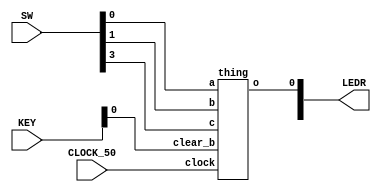
module morse(input [9:0]SW, input [3:0]KEY, input CLOCK_50, output [9:0]LEDR);
	thing u0 (SW[0], SW[1], SW[3], CLOCK_50, KEY[0] ,LEDR[0]);
endmodule

module thing (input a, b, c, clock, clear_b, output reg o);
	reg [25:0]w;
	always @ (posedge clock)
		begin
			if (w==0)
				w<=26'b01011111010111100000111111;
			else
				w<=w-1;
		end
		
	reg q;
	always @ (posedge clock)
		begin
		if (w == 0)
				q<=1;
			else
				q<=0;
		end
		
	wire [13:0]w2;
	wire [13:0]w3;
	letter u1 (a, b, c, w2[13:0]);
	
	access u2 (q, 1'b0, clear_b, 1'b0, 1'b0, w2[13:0], w3);
	
	always @ (posedge clock) begin
		if (clear_b == 0)
			o <= 0;
		else if (w == 26'b00000000000000000000000000)
			o <= w3[13];
			end
			
endmodule


module letter(input a, b, c, output reg [13:0]out);
	wire [2:0]w;
	assign w = {c, b, a};
	always @ (*)
		case (w)
			3'b000: out = 14'b01010100000000;
			3'b001: out = 14'b01110000000000;
			3'b010: out = 14'b01010111000000;
			3'b011: out = 14'b01010101110000;
			3'b100: out = 14'b01011101110000;
			3'b101: out = 14'b01110101011100;
			3'b110: out = 14'b01110101110111;
			3'b111: out = 14'b01110111010100;
			default: out = 14'b00000000000000;
		endcase
	endmodule

	module access (input Clock, reset, parallelLoadn, rotateRight, lsRight, input [13:0]DATA_IN, output [13:0]q);
	reg w1;
	always@(*)
	begin
		if(lsRight == 1'b1 && rotateRight == 1'b1 && parallelLoadn == 1'b1)
			w1 = 1'b0;
		else
			w1 = q[0];
	end
		shifter u3 (q[1], q[13], rotateRight, DATA_IN[0], parallelLoadn, Clock, reset, q[0]);
		shifter u4 (q[2], q[0], rotateRight, DATA_IN[1], parallelLoadn, Clock, reset, q[1]);
		shifter u5 (q[3], q[1], rotateRight, DATA_IN[2], parallelLoadn, Clock, reset, q[2]);
		shifter u6 (q[4], q[2], rotateRight, DATA_IN[3], parallelLoadn, Clock, reset, q[3]);
		shifter u7 (q[5], q[3], rotateRight, DATA_IN[4], parallelLoadn, Clock, reset, q[4]);
		shifter u8 (q[6], q[4], rotateRight, DATA_IN[5], parallelLoadn, Clock, reset, q[5]);
		shifter u9 (q[7], q[5], rotateRight, DATA_IN[6], parallelLoadn, Clock, reset, q[6]);
		shifter u10 (q[8], q[6], rotateRight, DATA_IN[7], parallelLoadn, Clock, reset, q[7]);
		shifter u11 (q[9], q[7], rotateRight, DATA_IN[8], parallelLoadn, Clock, reset, q[8]);
		shifter u12 (q[10], q[8], rotateRight, DATA_IN[9], parallelLoadn, Clock, reset, q[9]);
		shifter u13 (q[11], q[9], rotateRight, DATA_IN[10], parallelLoadn, Clock, reset, q[10]);
		shifter u14 (q[12], q[10], rotateRight, DATA_IN[11], parallelLoadn, Clock, reset, q[11]);
		shifter u15 (q[13], q[11], rotateRight, DATA_IN[12], parallelLoadn, Clock, reset, q[12]);
		shifter u16 (w1, q[12], rotateRight, DATA_IN[13], parallelLoadn, Clock, reset, q[13]);
endmodule

	
module shifter(input left, right, loadLeft, d, loadn, Clock, reset, output reg q);
	reg [2:0]w;
	 always@(posedge Clock)
		begin
		if (loadLeft)
			w[0] <= left;
		else
			w[0] <= right;
		
		if (loadn)
			w[1] <= w[0];
		else
			w[1]<= d;
			
		if(reset == 1'b1)
			q<=0;
		else
			q<=w[1];

	end
endmodule